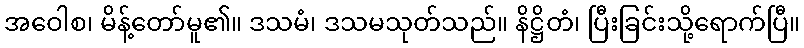
အဝေါစ၊ မိန့်တော်မူ၏။ ဒသမံ၊ ဒသမသုတ်သည်။ နိဋ္ဌိတံ၊ ပြီးခြင်းသို့ရောက်ပြီ။